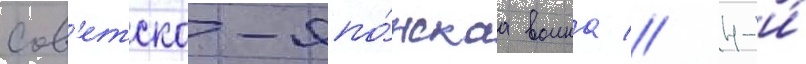
Сов'етско-япо́нскаа воина // 4-и́